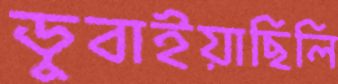
ডুবাইয়াছিলি